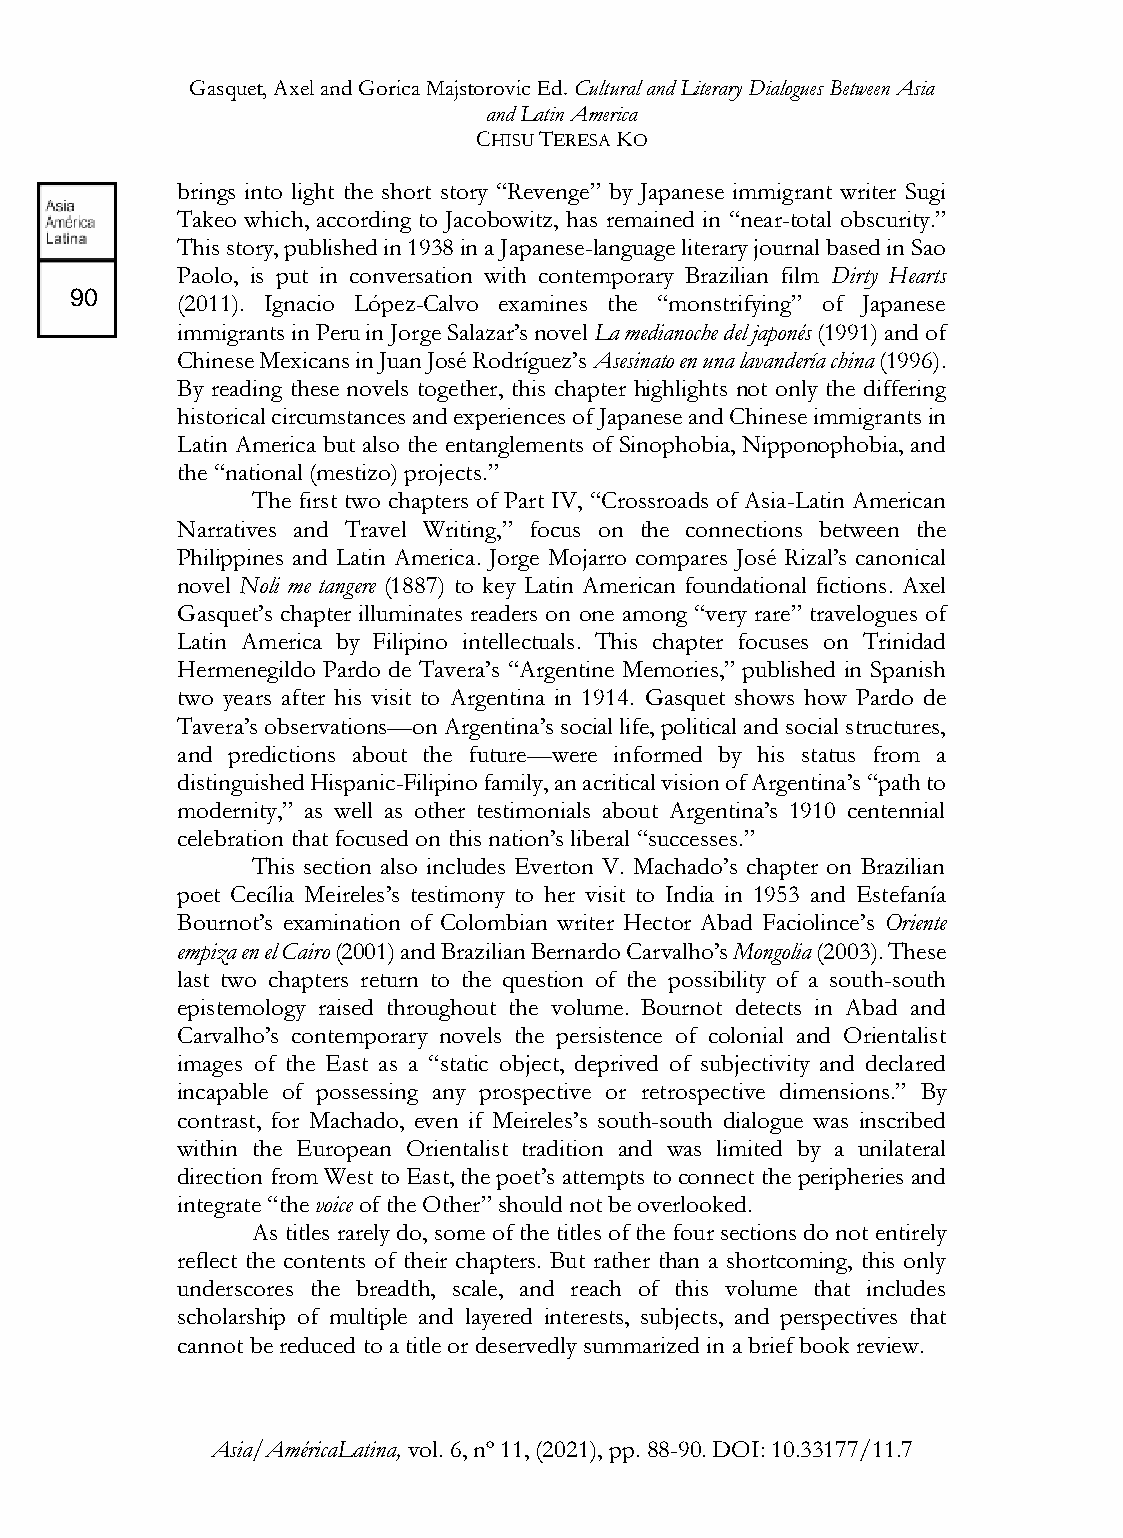
Gasquet, Axel and Gorica Majstorovic Ed. Cultural and Literary Dialogues Between Asia
 and Latin America
 CHISU TERESA KO
 brings into light the short story “Revenge” by Japanese immigrant writer Sugi
 Takeo which, according to Jacobowitz, has remained in “near-total obscurity.”
 This story, published in 1938 in a Japanese-language literary journal based in Sao
 Paolo, is put in conversation with contemporary Brazilian film Dirty Hearts
 90
 (2011). Ignacio López-Calvo examines the “monstrifying” of Japanese
 immigrants in Peru in Jorge Salazar’s novel La medianoche del japonés (1991) and of
 Chinese Mexicans in Juan José Rodríguez’s Asesinato en una lavandería china (1996).
 By reading these novels together, this chapter highlights not only the differing
 historical circumstances and experiences of Japanese and Chinese immigrants in
 Latin America but also the entanglements of Sinophobia, Nipponophobia, and
 the “national (mestizo) projects.”
 The first two chapters of Part IV, “Crossroads of Asia-Latin American
 Narratives and Travel Writing,” focus on the connections between the
 Philippines and Latin America. Jorge Mojarro compares José Rizal’s canonical
 novel Noli me tangere (1887) to key Latin American foundational fictions. Axel
 Gasquet’s chapter illuminates readers on one among “very rare” travelogues of
 Latin America by Filipino intellectuals. This chapter focuses on Trinidad
 Hermenegildo Pardo de Tavera’s “Argentine Memories,” published in Spanish
 two years after his visit to Argentina in 1914. Gasquet shows how Pardo de
 Tavera’s observations—on Argentina’s social life, political and social structures,
 and predictions about the future—were informed by his status from a
 distinguished Hispanic-Filipino family, an acritical vision of Argentina’s “path to
 modernity,” as well as other testimonials about Argentina’s 1910 centennial
 celebration that focused on this nation’s liberal “successes.”
 This section also includes Everton V. Machado’s chapter on Brazilian
 poet Cecília Meireles’s testimony to her visit to India in 1953 and Estefanía
 Bournot’s examination of Colombian writer Hector Abad Faciolince’s Oriente
 empiza en el Cairo (2001) and Brazilian Bernardo Carvalho’s Mongolia (2003). These
 last two chapters return to the question of the possibility of a south-south
 epistemology raised throughout the volume. Bournot detects in Abad and
 Carvalho’s contemporary novels the persistence of colonial and Orientalist
 images of the East as a “static object, deprived of subjectivity and declared
 incapable of possessing any prospective or retrospective dimensions.” By
 contrast, for Machado, even if Meireles’s south-south dialogue was inscribed
 within the European Orientalist tradition and was limited by a unilateral
 direction from West to East, the poet’s attempts to connect the peripheries and
 integrate “the voice of the Other” should not be overlooked.
 As titles rarely do, some of the titles of the four sections do not entirely
 reflect the contents of their chapters. But rather than a shortcoming, this only
 underscores the breadth, scale, and reach of this volume that includes
 scholarship of multiple and layered interests, subjects, and perspectives that
 cannot be reduced to a title or deservedly summarized in a brief book review.
 Asia/AméricaLatina, vol. 6, nº 11, (2021), pp. 88-90. DOI: 10.33177/11.7